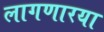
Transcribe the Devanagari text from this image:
लागणारया